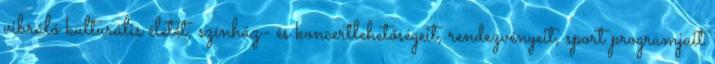
vibráló kulturális életét, színház- és koncertlehetőségeit, rendezvényeit, sport programjait